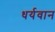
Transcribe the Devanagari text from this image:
धर्यवान